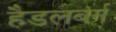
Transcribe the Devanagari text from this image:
हैडलबर्ग